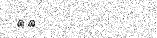
٣٩